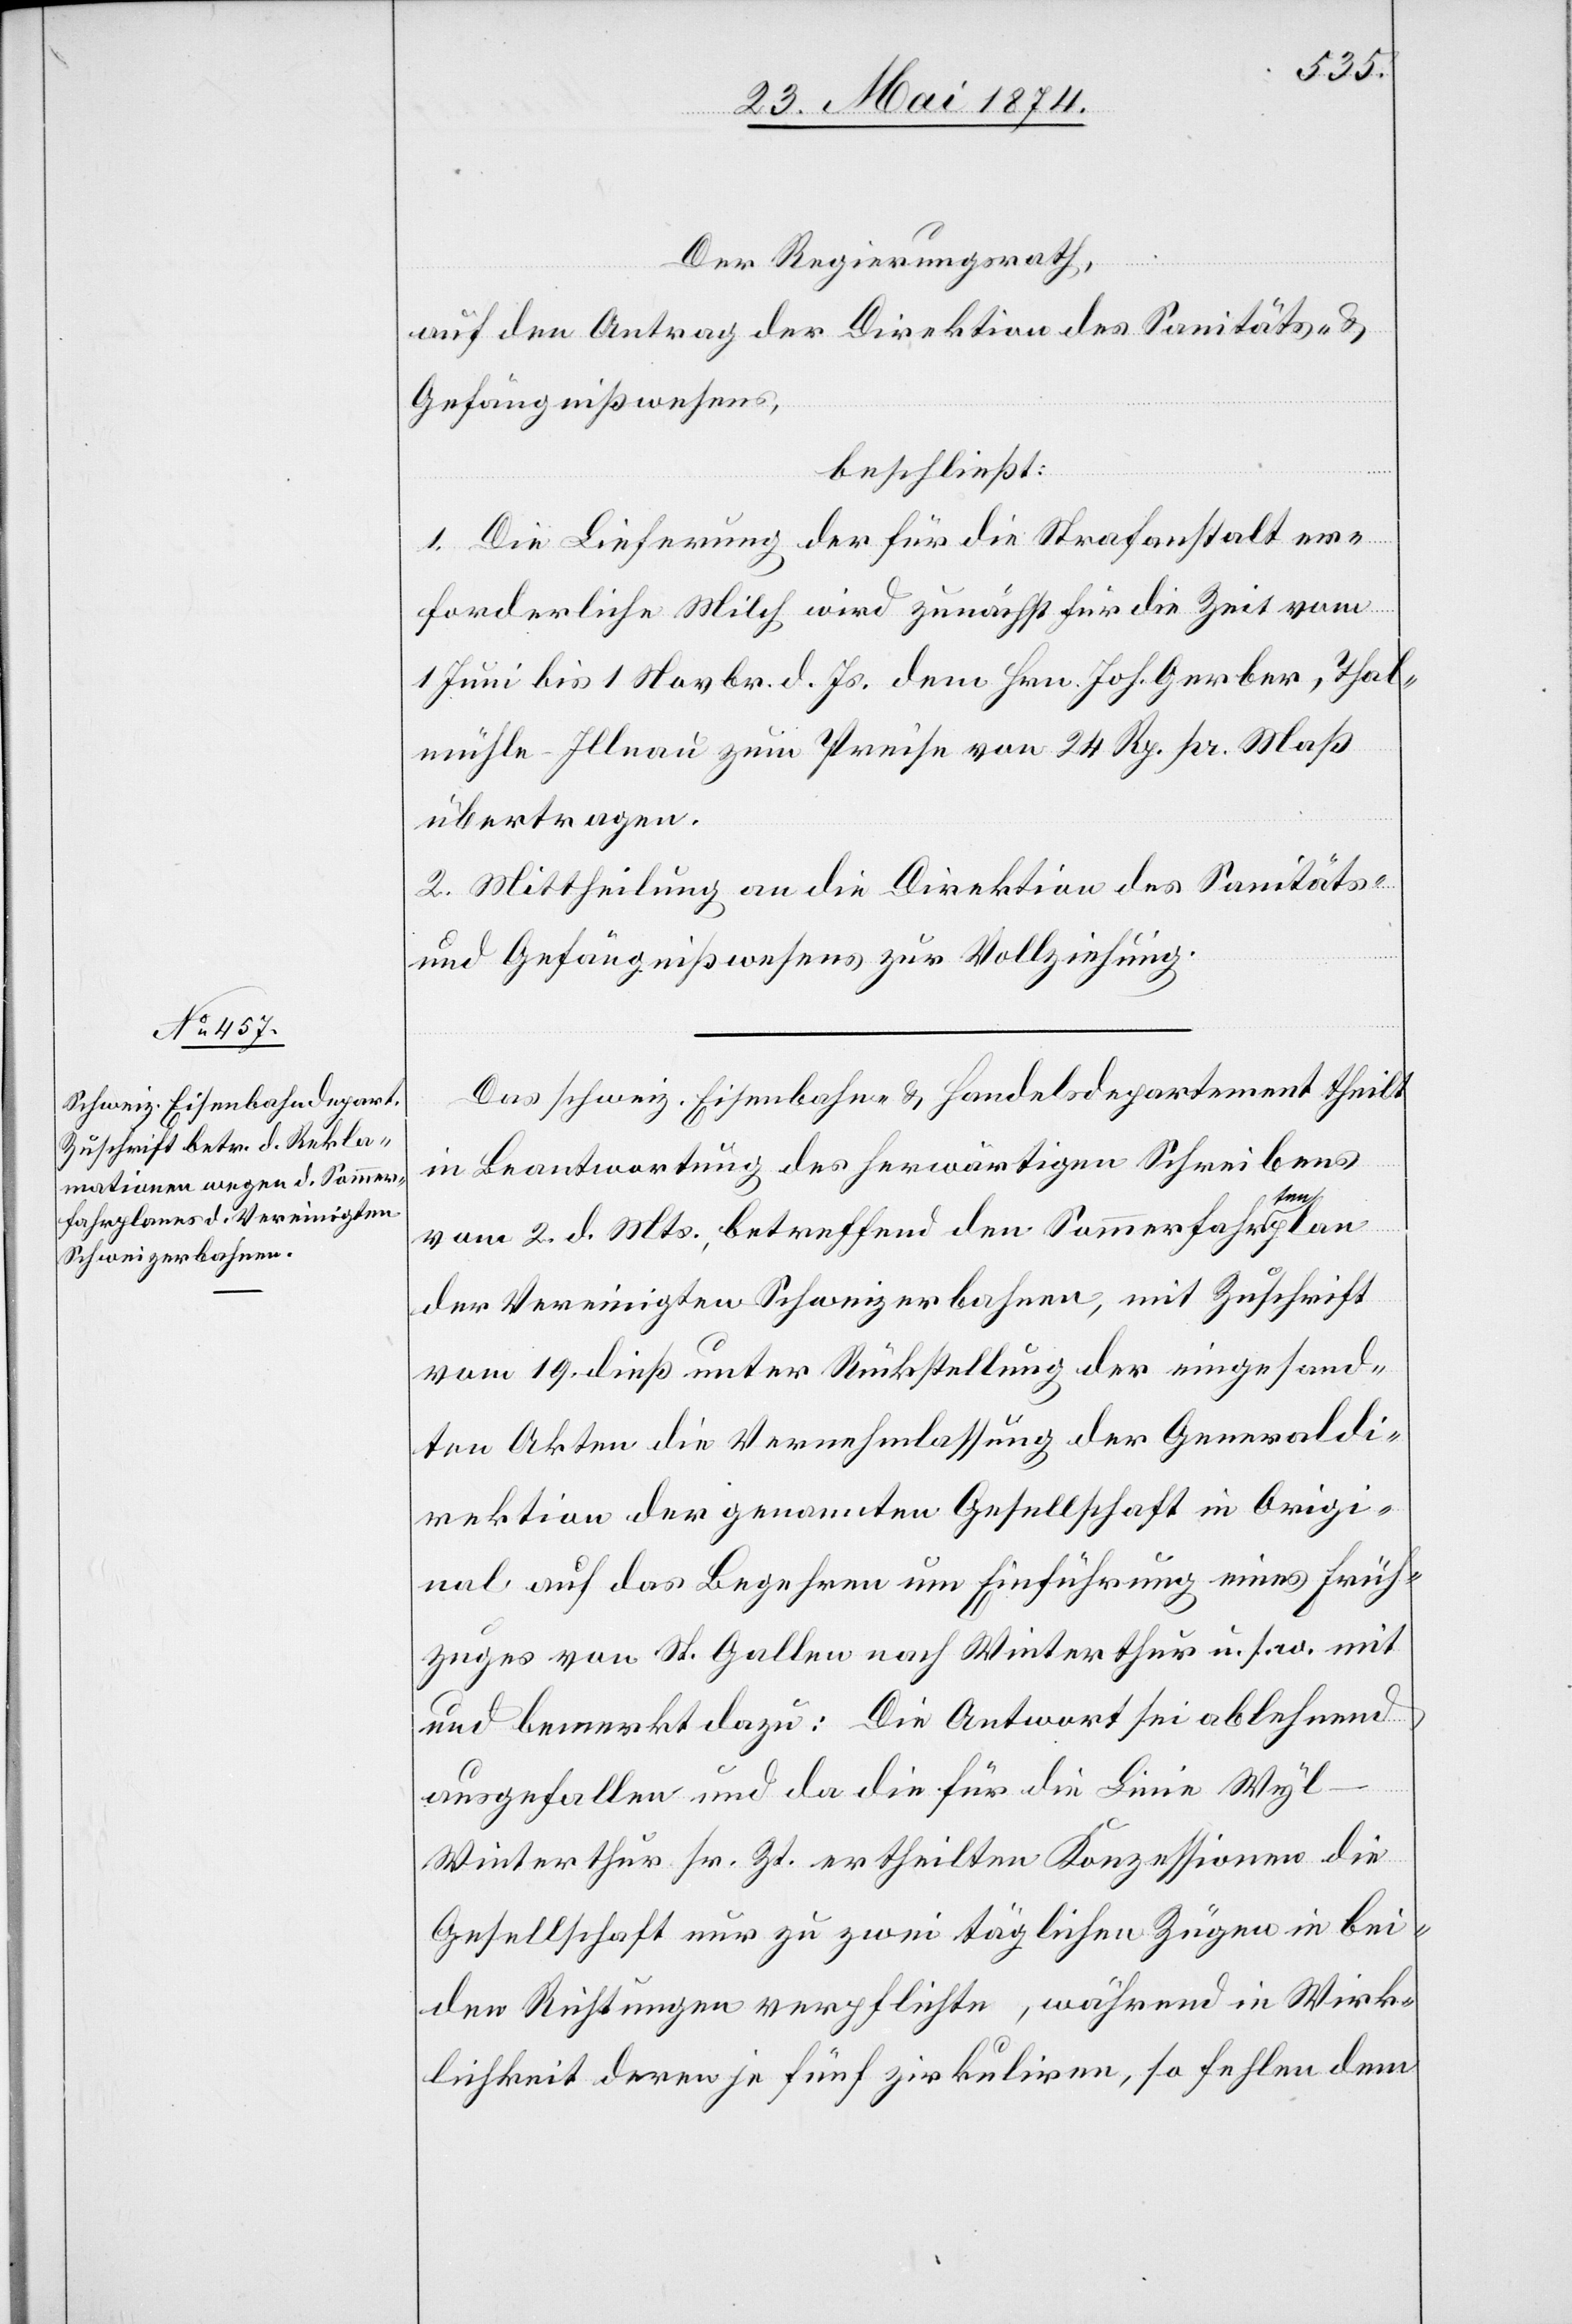
und
Der Regierungsrath,
auf den Antrag der Direktion des Sanitäts- u.
Gefängnißwesens.
beschließt:
1. Die Lieferung der für die Strafanstalt er¬
forderlichen Milch wird zunächst für die Zeit vom
1. Juni bis 1 Novbr. d. Js. dem Hrn. Joh. Gerber, Thal¬
mühle-Illnau zum Preise von 24. Rp. pr. Maß
übertragen.
2. Mittheilung an die Direktion des Sanitäts-
Das schweiz. Eisenbahn- u. Handelsdepartement theilt
in Beantwortung des herwärtigen Schreibens
vom 2. d. Mts., betreffend den Sommerfahrtenplan
der Vereinigten Schweizerbahnen, mit Zuschrift
vom 19. dieß unter Rückstellung der eingesand¬
ten Akten die Vernehmlassung der Generaldi¬
rektion der genannten Gesellschaft in Origi¬
nal auf das Begehren um Einführung eines Früh¬
zuges von St. Gallen nach Winterthur u. s. w. mit
und bemerkt dazu: Die Antwort sei ablehnend
ausgefallen und da die für die Linie Wy¬
l-Winterthur sr. Zt. ertheilten Konzessionen die
Gesellschaft nur zu zwei täglichen Zügen in bei¬
den Richtungen verpflichte, während in Wirk¬
lichkeit deren je fünf zirkuliren, so fallen dem